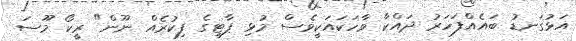
އަޅުގަނޑު ބައެއްފަހަރު ދައްކާ ވާހަކައަކީވެސް މުޅި ޕާޓީގެ ފިކުރެއް ނޫން" ރީކޯ މޫސަ